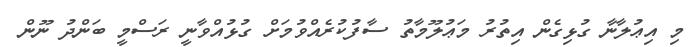
މި އިޢުލާނާ ގުޅިގެން އިތުރު މަޢުލޫމާތު ސާފުކުރެއްވުމަށް ގުޅުއްވާނީ ރަސްމީ ބަންދު ނޫން